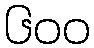
၆၀၀